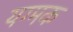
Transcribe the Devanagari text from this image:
यग्मक